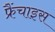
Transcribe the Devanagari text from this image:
फ्रैंचाइस